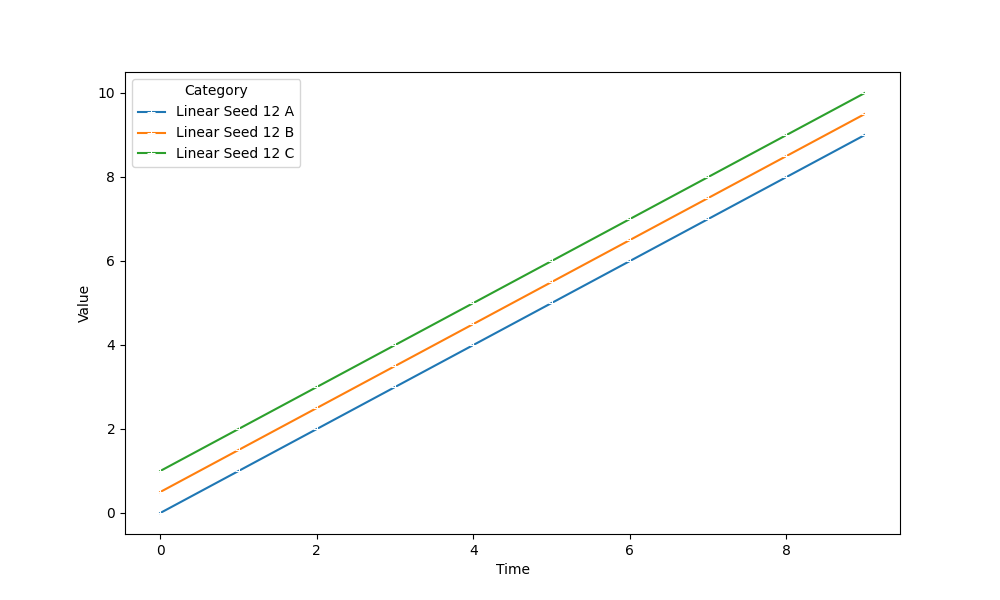
python, seaborn, lineplot, style='solid', marker='+'